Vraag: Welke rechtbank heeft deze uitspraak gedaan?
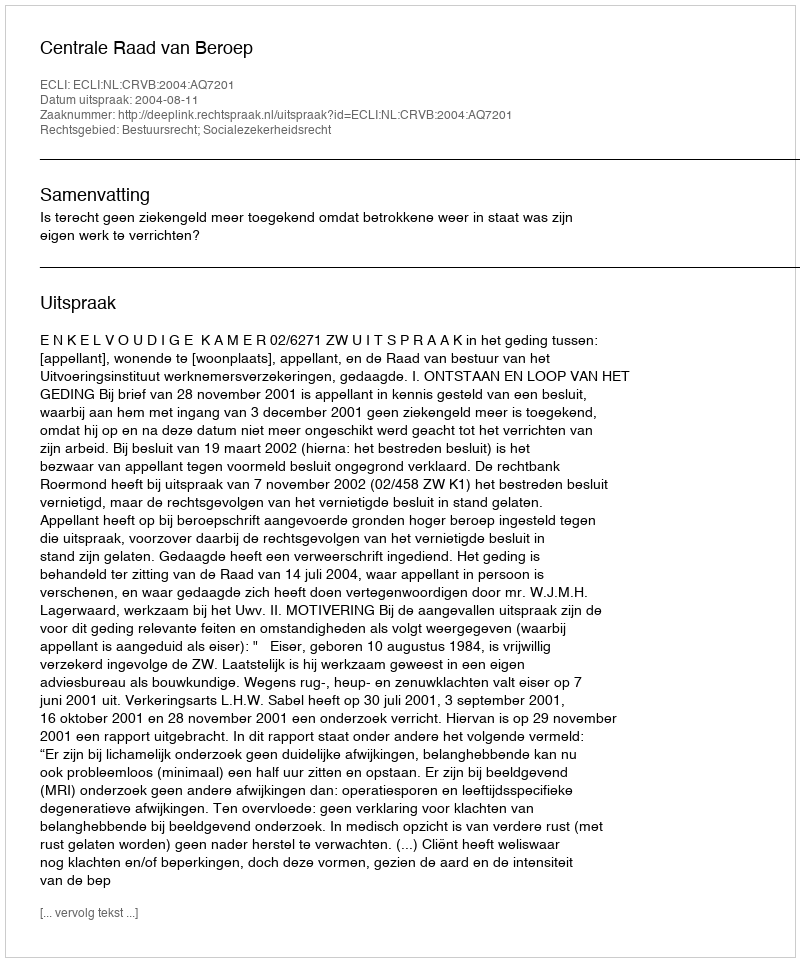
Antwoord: Centrale Raad van Beroep